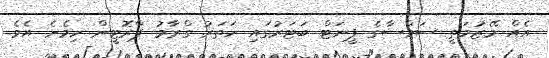
އެއް މޭޒުމަތީ ސަމްސާގެ ޕީނަޓް ބަޓަރުގައި ހަތަރު ގްރާމު ޕްރޮޓީން ހިމެނެ އެވެ.